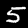
Label: 5